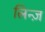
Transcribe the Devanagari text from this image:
लिन्ज़